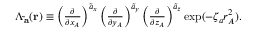
\begin{array} { r } { \Lambda _ { \mathbf { \tilde { a } } } ( { \bf r } ) \equiv \left( \frac { \partial } { \partial x _ { A } } \right) ^ { \tilde { a } _ { x } } \left( \frac { \partial } { \partial y _ { A } } \right) ^ { \tilde { a } _ { y } } \left( \frac { \partial } { \partial z _ { A } } \right) ^ { \tilde { a } _ { z } } \exp ( - \zeta _ { a } r _ { A } ^ { 2 } ) . } \end{array}